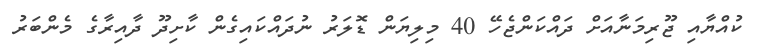
ކުއްޔާއި ޖޫރިމަނާއަށް ދައްކަންޖެހޭ 40 މިލިޔަން ޑޮލަރު ނުދައްކައިގެން ކާށިދޫ ދާއިރާގެ މެންބަރު